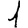
Digit: 1